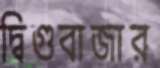
দ্বিগুবাজার